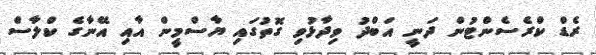
ރެޑް ކްރެސެންޓުން ދަނީ އަބްދު ވިދާޅުވި ގޮތުގައި ޔާސްމީން އާއި އޭނާގެ ކްލާސް